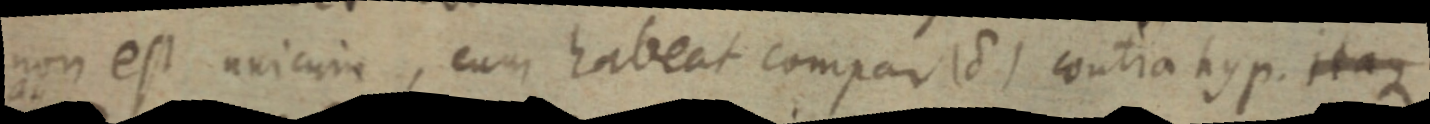
non est unicum, cum habeat compar (8) contra hyp. itaque